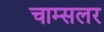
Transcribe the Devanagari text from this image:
चाम्सलर